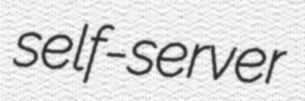
self-server